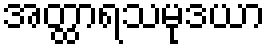
အတ္ထာရသမုဒယာ